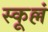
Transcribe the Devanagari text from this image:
स्कूल्लं